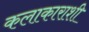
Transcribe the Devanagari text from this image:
कलाकाराशी